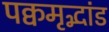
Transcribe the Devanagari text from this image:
पक्वमृद्भांड